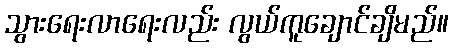
သွားရေးလာရေးလည်း လွယ်ကူချောင်ချိမည်။